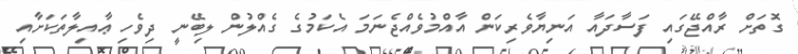
ގޮތަށް ރާއްޖޭގައި ފަސާދައާ އަނިޔާވެރިކަން އާއްމުވެއްޖެނަމަ އެކަމުގެ ގެއްލުން ލިބޭނީ ދިވެހި ޢާއިލާތަކަށާއި